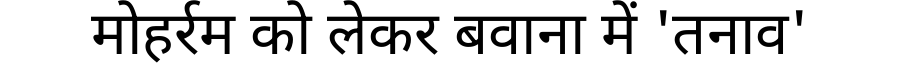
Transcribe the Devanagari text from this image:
मोहर्रम को लेकर बवाना में 'तनाव'